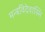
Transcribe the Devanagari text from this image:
मन्त्रविदेवास्मि